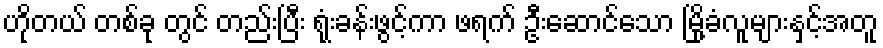
ဟိုတယ် တစ်ခု တွင် တည်းပြီး ရုံးခန်းဖွင့်ကာ ဖရက် ဦးဆောင်သော မြို့ခံလူများနှင့်အတူ